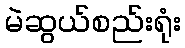
မဲဆွယ်စည်းရုံး